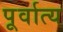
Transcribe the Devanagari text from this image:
पूर्वात्य